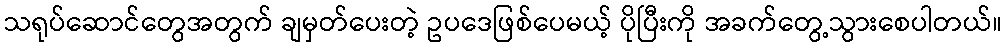
သရုပ်ဆောင်တွေအတွက် ချမှတ်ပေးတဲ့ ဥပဒေဖြစ်ပေမယ့် ပိုပြီးကို အခက်တွေ့သွားစေပါတယ်။